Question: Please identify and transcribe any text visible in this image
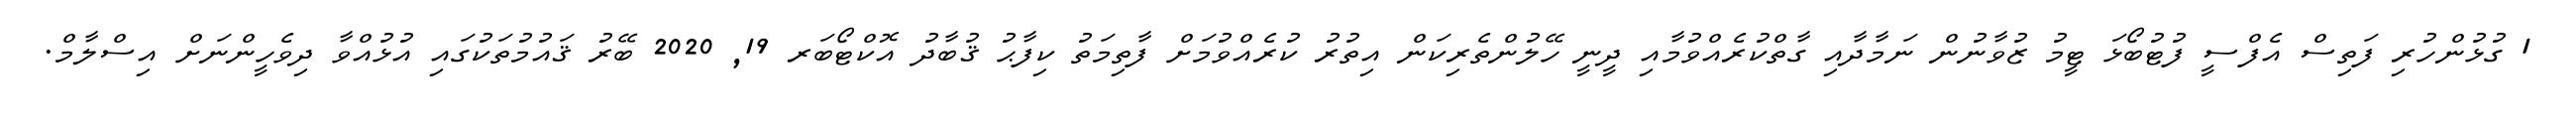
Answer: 1 ގުޅުންހުރި ފަތިސް އެފްސީ ފުޓުބޯޅަ ޓީމު ޒުވާނުން ނަމާދާއި ގާތްކުރެއްވުމާއި ދީނީ ހޭލުންތެރިކަން އިތުރު ކުރެއްވުމަށް ފާތިމަތު ކިފާޙު ޤުބާދު އޮކްޓޯބަރ 19, 2020 ބޭރު ޤައުމުތަކުގައި އުޅުއްވާ ދިވެހީންނަށް އިސްލާމް.